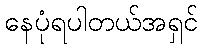
နေပုံရပါတယ်အရှင်